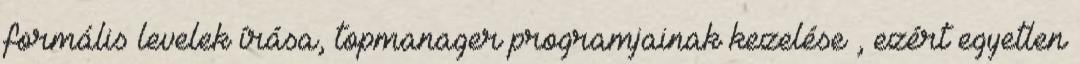
formális levelek írása, topmanager programjainak kezelése , ezért egyetlen